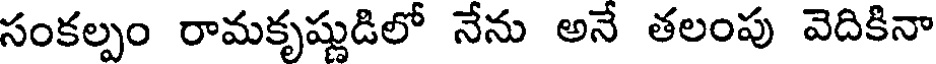
సంకల్పం రామకృష్ణుడిలో నేను అనే తలంపు వెదికినా